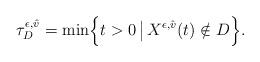
LaTeX: \begin{align*}\tau_{D}^{\epsilon,\hat{v}} = \min \Bigl\{ t > 0 \, \bigl\vert \, X^{\epsilon,\hat{v}}(t) \notin D \Bigr\}. \end{align*}